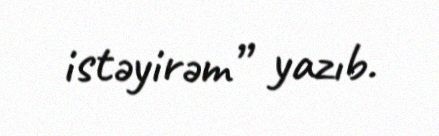
istəyirəm” yazıb.